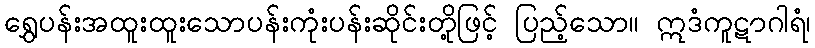
ရွှေပန်းအထူးထူးသောပန်းကုံးပန်းဆိုင်းတို့ဖြင့် ပြည့်သော။ ဣဒံကူဋာဂါရံ၊